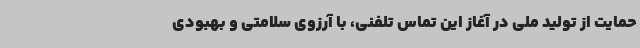
حمایت از تولید ملی در آغاز این تماس تلفنی، با آرزوی سلامتی و بهبودی